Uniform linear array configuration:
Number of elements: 16
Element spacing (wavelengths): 1
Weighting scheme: uniform
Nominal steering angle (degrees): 30
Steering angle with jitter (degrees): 29.662
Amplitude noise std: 0.05
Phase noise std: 0.05

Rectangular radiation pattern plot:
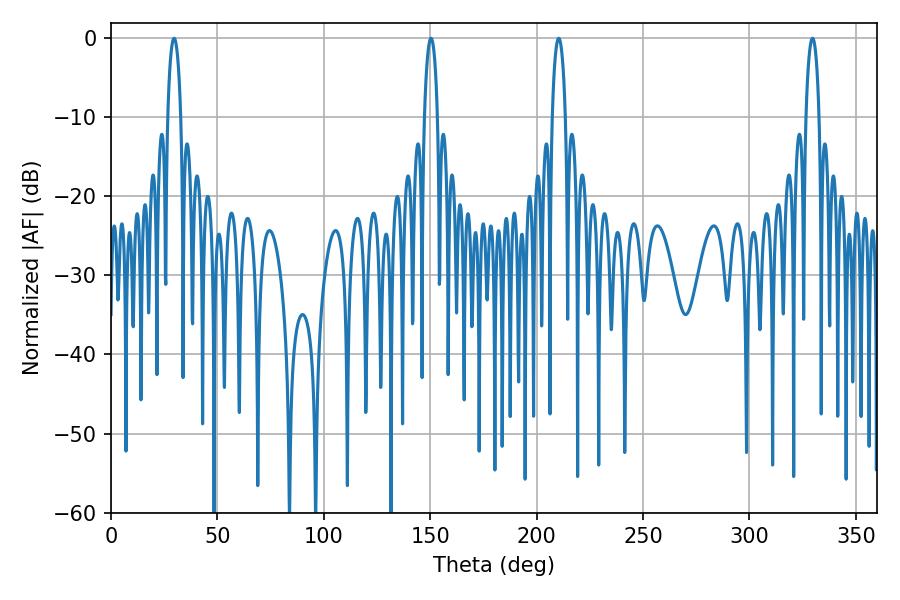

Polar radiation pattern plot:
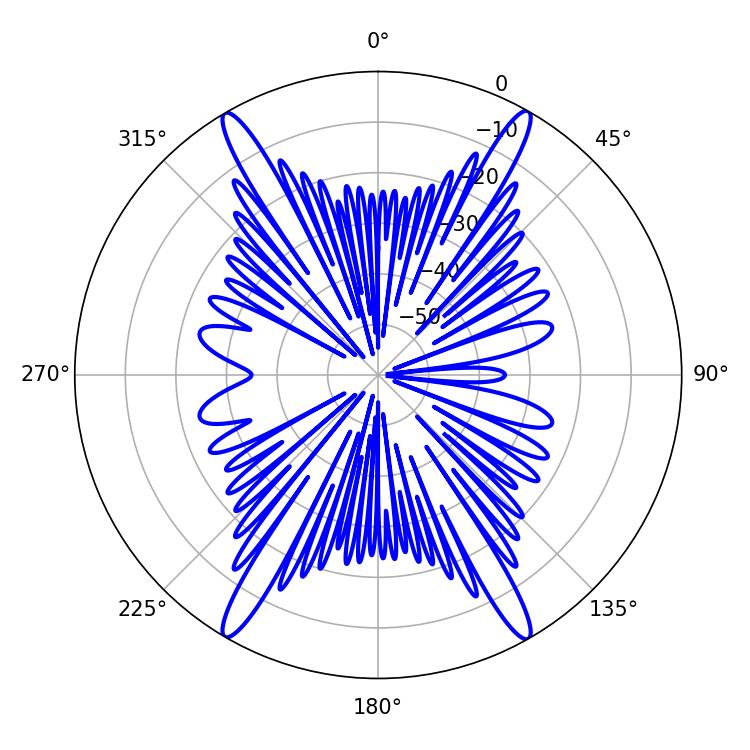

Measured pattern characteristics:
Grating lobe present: TRUE
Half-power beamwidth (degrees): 3.42
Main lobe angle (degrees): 210.42